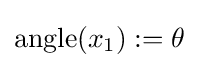
\operatorname {angle} (x_{1}):=\theta